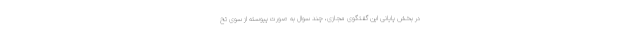
در بخش پایانی این گفتگوی مجازی، چند سوال به صورت پیوسته از سوی تح